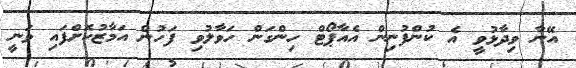
އޭނާ ވިދާޅުވީ އެ ކުންފުނިން އެއާޕޯޓް ހިންގަން ހަވާލުވި ފަހުން އަމާޒުކޮށްފައި ވަނީ